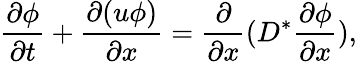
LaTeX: \frac{\partial\phi}{\partial t}+\frac{\partial(u\phi)}{\partial x}=\frac{\partial}{\partial x}(D^{*}\frac{\partial\phi}{\partial x}),